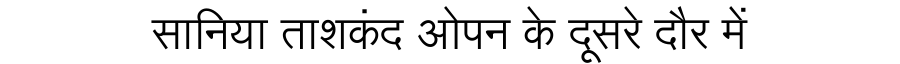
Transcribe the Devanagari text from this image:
सानिया ताशकंद ओपन के दूसरे दौर में